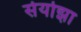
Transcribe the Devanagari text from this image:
सेर्योझा